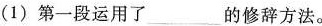
(1)第一段运用了_____的修辞方法。